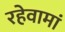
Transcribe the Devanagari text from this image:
रहेवामां